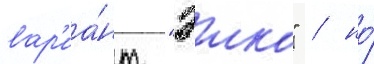
вар'иа́нт "эико" / но́